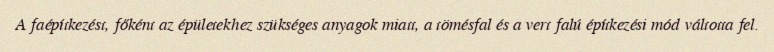
A faépítkezést, főként az épületekhez szükséges anyagok miatt, a tömésfal és a vert falú építkezési mód váltotta fel.